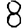
Digit: 8